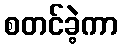
စတင်ခဲ့ကာ